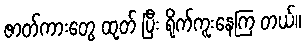
ဇာတ်ကားတွေ ထုတ် ပြီး ရိုက်ကူးနေကြ တယ်။